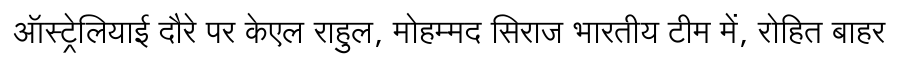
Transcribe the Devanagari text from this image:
ऑस्ट्रेलियाई दौरे पर केएल राहुल, मोहम्मद सिराज भारतीय टीम में, रोहित बाहर